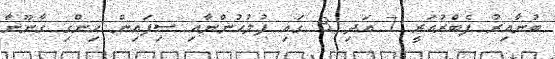
ބުނާއިރު ފެބްރުއަރީ 7 އަދި 8 ގައި ފުލުހުންނާއި ސިފައިން ހިންގި ގާނޫނާ